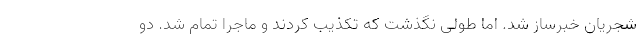
شجریان خبرساز شد. اما طولی نگذشت که تکذیب کردند و ماجرا تمام شد. دو